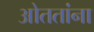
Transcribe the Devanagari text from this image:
ओततांना